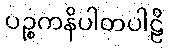
ပဉ္စကနိပါတပါဠိ